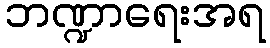
ဘဏ္ဍာရေးအရ